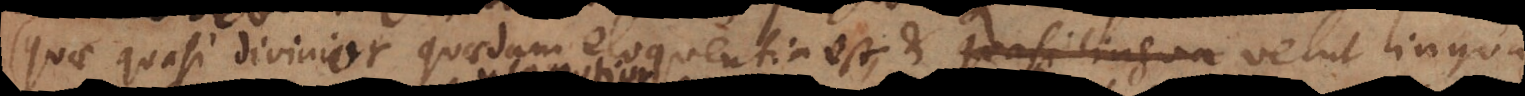
(quae quasi divinior quaedam eloquentia est, et velut lingua